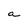
Character: a